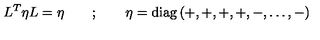
L ^ { T } \eta L = \eta \qquad ; \qquad \eta = \mathrm { d i a g } \left( + , + , + , + , - , \dots , - \right)